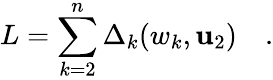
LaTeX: L=\sum_{k=2}^{n}\Delta_{k}(w_{k},\mathbf{u}_{2})\quad.